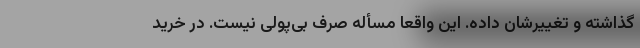
گذاشته و تغییرشان داده. این واقعاً مسأله صرف بی‌پولی نیست. در خرید